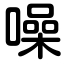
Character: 噪